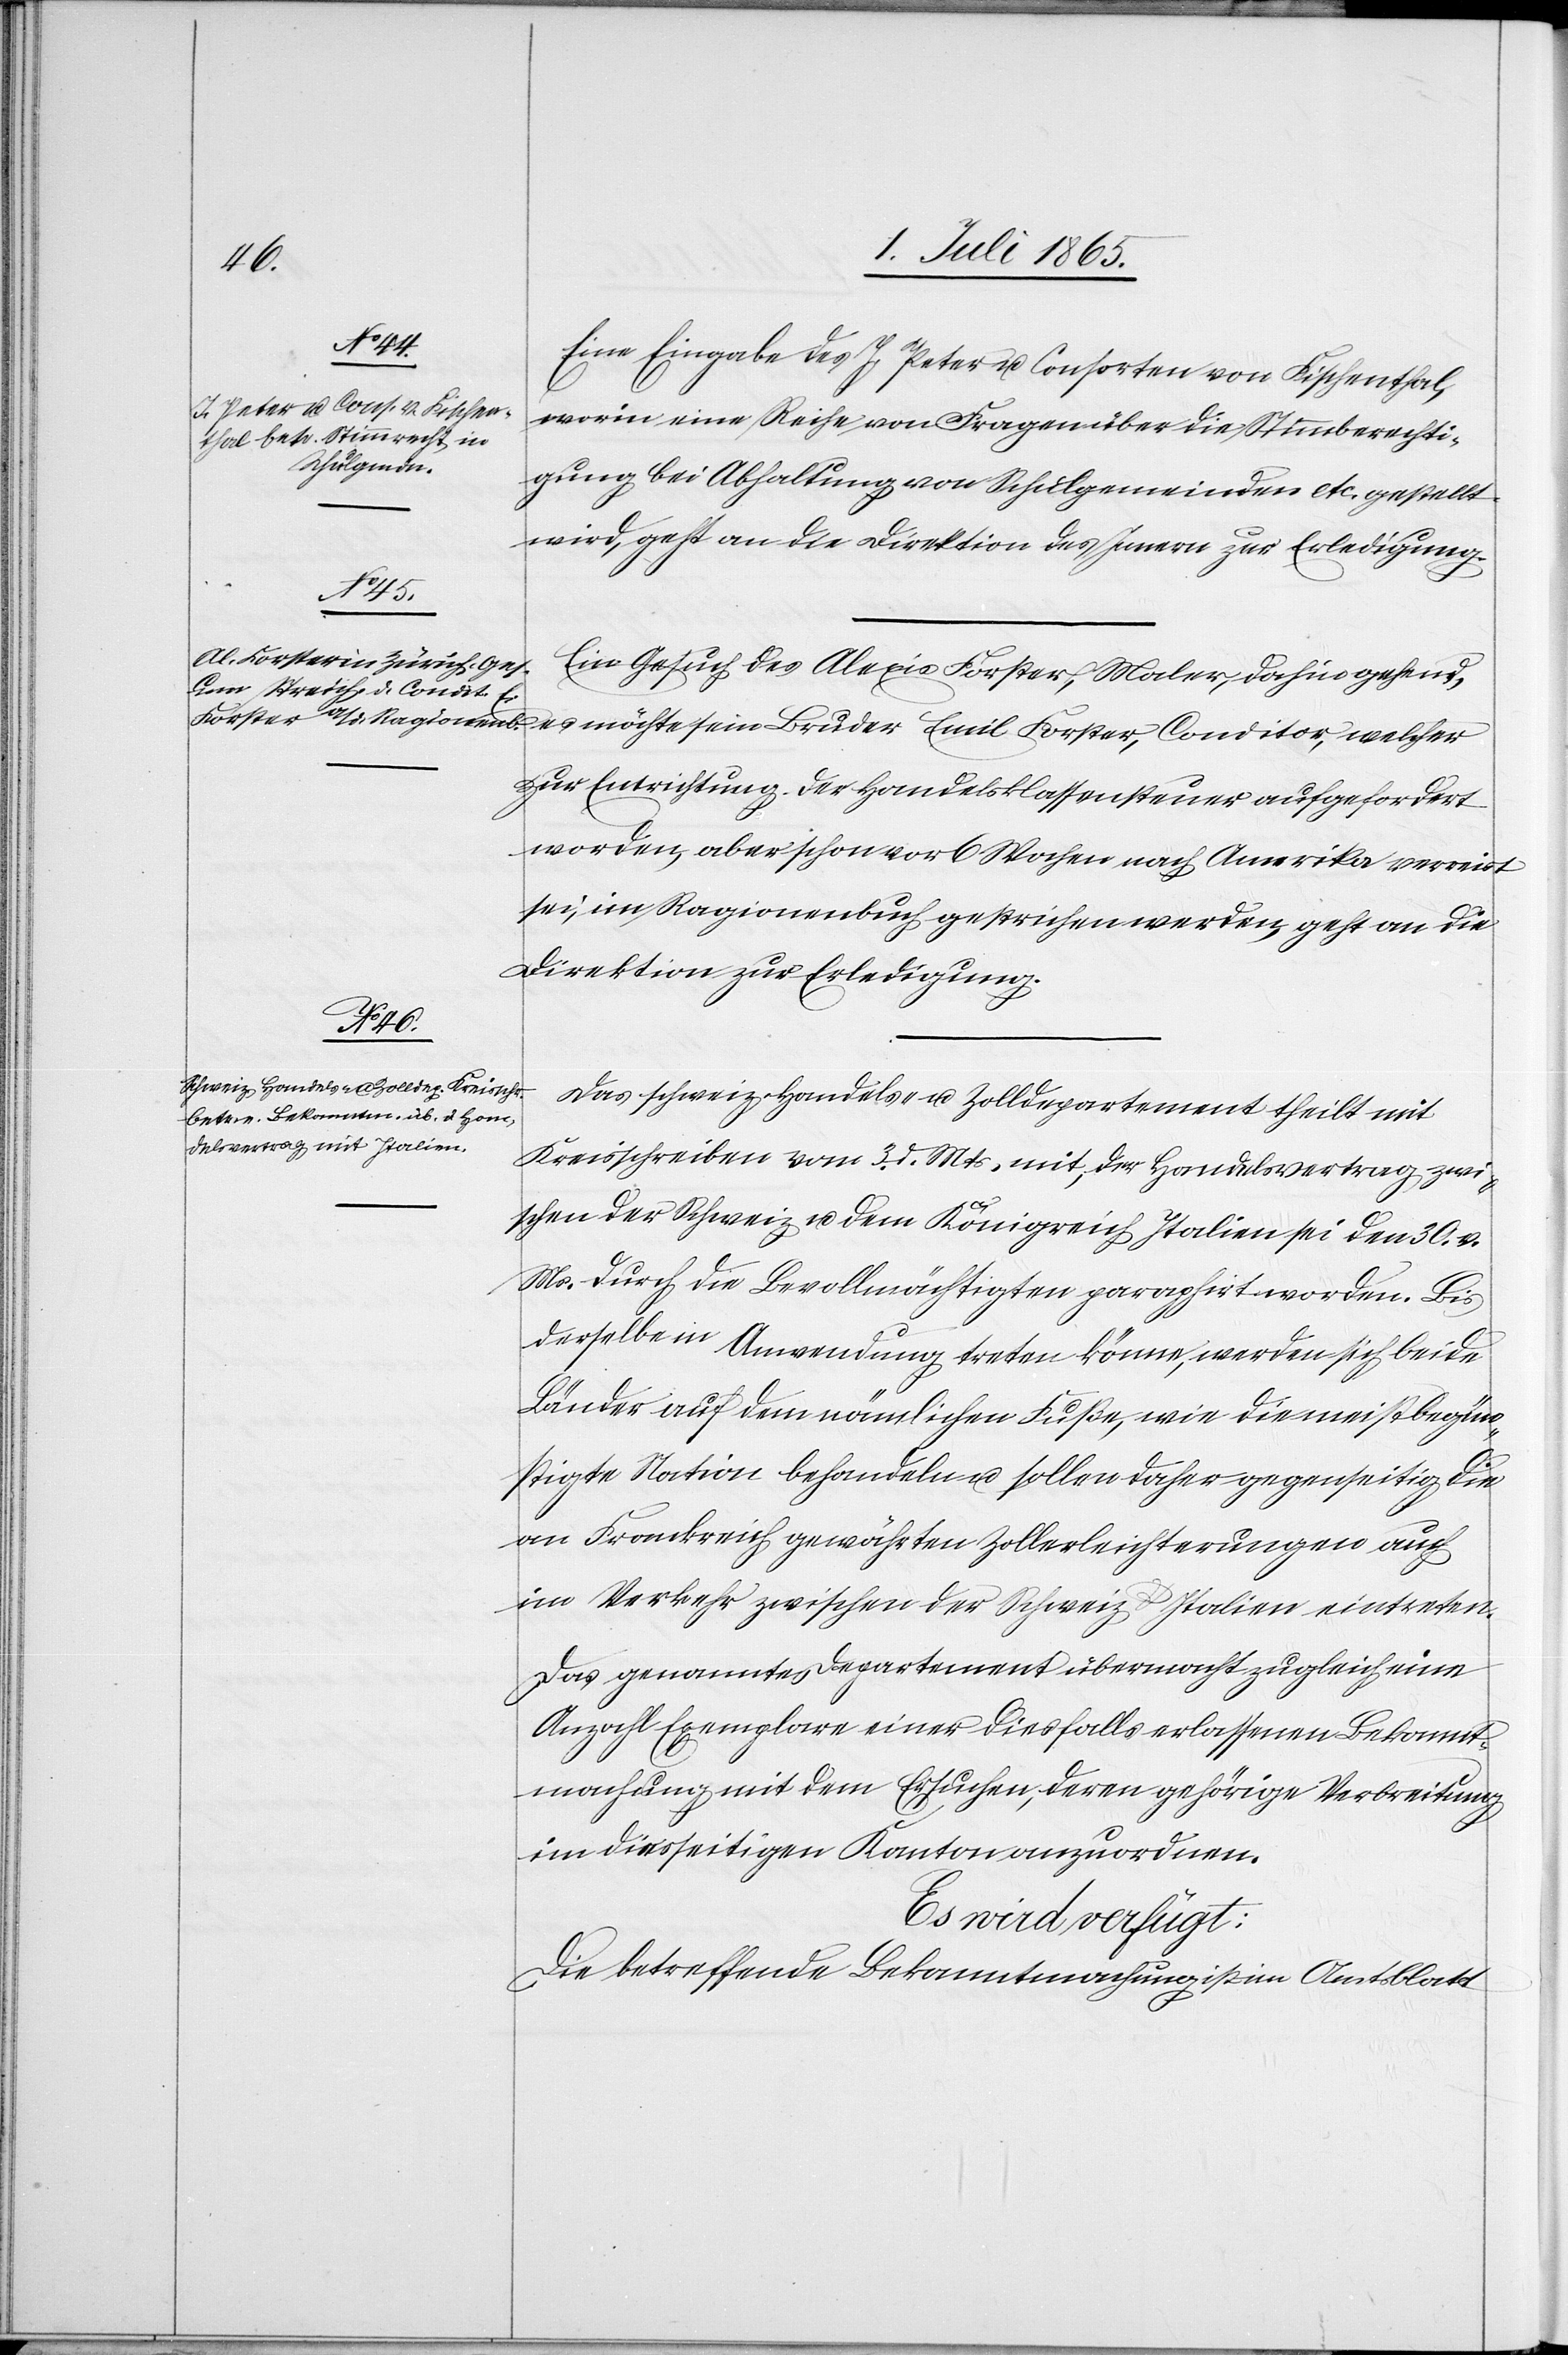
6. Juli 1865.]
Eine Eingabe des J. Peter u. Consorten von Fischenthal,
worin eine Reihe von Fragen über die Stimmberechti¬
gung bei Abhaltung von Schulgemeinden etc. gestellt
wird, geht an die Direktion des Innern zur Erledigung.
Ein Gesuch des Alexis Forster, Maler, dahin gehend,
es möchte sein Bruder Emil Forster, Conditor, welcher
zur Entrichtung der Handelsklassensteuer aufgefordert
worden, aber schon vor 6 Wochen nach Amerika verreist
sei, im Ragionenbuch gestrichen werden, geht an die
Direktion zur Erledigung.
Das schweiz. Handels- u. Zolldepartement theilt mit
Kreisschreiben vom 3. d. Mts. mit, der Handelsvertrag zwi¬
schen der Schweiz u. dem Königreich Italien sei den 30. v.
Ms. durch die Bevollmächtigten paraphirt worden. Bis
derselbe in Anwendung treten könne, werden sich beide
Länder auf dem nämlichen Fuße, wie die meistbegün¬
stigte Nation behandeln u. sollen daher gegenseitig die
an Frankreich gewährten Zollerleichterungen auch
im Verkehr zwischen der Schweiz u. Italien eintreten.
Das genannte Departement übermacht zugleich eine
Anzahl Exemplare einer diesfalls erlassenen Bekannt¬
machung mit dem Ersuchen, deren gehörige Verbreitung
im diesseitigen Kanton anzuordnen.
Es wird verfügt:
Die betreffende Bekanntmachung ist im Amtsblatt